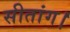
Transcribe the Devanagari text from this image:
सीतांग।